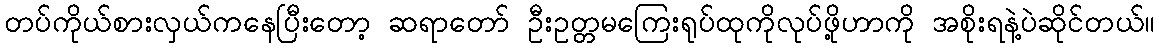
တပ်ကိုယ်စားလှယ်ကနေပြီးတော့ ဆရာတော် ဦးဥတ္တမကြေးရုပ်ထုကိုလုပ်ဖို့ဟာကို အစိုးရနဲ့ပဲဆိုင်တယ်။